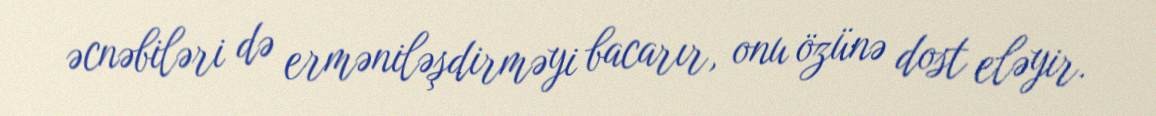
əcnəbiləri də erməniləşdirməyi bacarır, onu özünə dost eləyir.